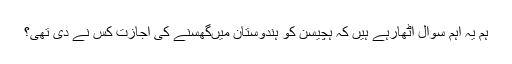
ہم یہ اہم سوال اٹھارہے ہیں کہ ہچیسن کو ہندوستان میںگھسنے کی اجازت کس نے دی تھی؟